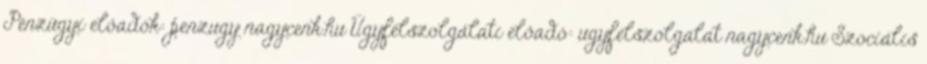
Pénzügyi előadók: penzugy nagycenk.hu Ügyfélszolgálati előadó: ugyfelszolgalat nagycenk.hu Szociális